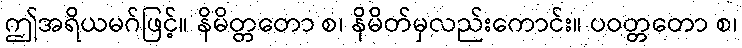
ဤအရိယမဂ်ဖြင့်။ နိမိတ္တတော စ၊ နိမိတ်မှလည်းကောင်း။ ပဝတ္တတော စ၊